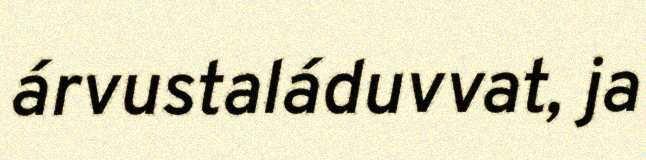
árvustaláduvvat, ja